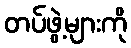
တပ်ဖွဲ့များကို